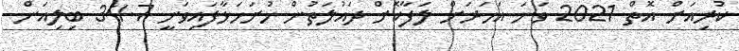
ކުރިއަށް އޮތް 2021 ވަނަ އަހަރަށް ލަފާކޮށް ދައުލަތުން ހުށަހަޅާފައިވަނީ 34.7 ބިލިއަން